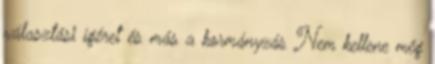
választási ígéret és más a kormányzás Nem kellene még